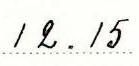
12.15